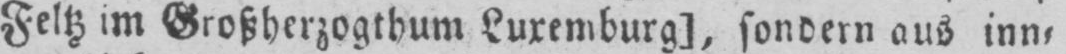
Feltz im Großherzogthum Luxemburg], sondern aus inn⸗